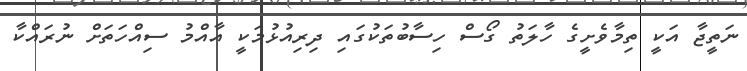
ނަތީޖާ އަކީ ތިމާވެށީގެ ހާލަތު ގޯސް ހިސާބުތަކުގައި ދިރިއުޅުމަކީ އާއްމު ސިއްހަތަށް ނުރައްކާ